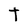
Character: t